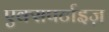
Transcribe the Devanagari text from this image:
एक्सपर्टाइज़